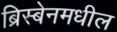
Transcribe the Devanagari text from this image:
ब्रिस्बेनमधील